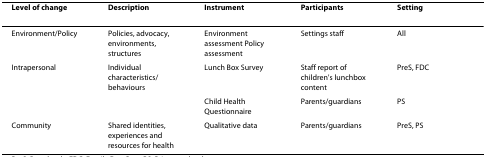
<table><thead><tr><td><b>Level of change</b></td><td><b>Description</b></td><td><b>Instrument</b></td><td><b>Participants</b></td><td><b>Setting</b></td></tr></thead><tbody><tr><td>Environment/Policy</td><td>Policies, advocacy, environments, structures</td><td>Environment assessment Policy assessment</td><td>Settings staff</td><td>All</td></tr><tr><td>Intrapersonal</td><td>Individual characteristics/behaviours</td><td>Lunch Box Survey</td><td>Staff report of children&#x27;s lunchbox content</td><td>PreS, FDC</td></tr><tr><td></td><td></td><td>Child Health Questionnaire</td><td>Parents/guardians</td><td>PS</td></tr><tr><td>Community</td><td>Shared identities, experiences and resources for health</td><td>Qualitative data</td><td>Parents/guardians</td><td>PreS, PS</td></tr></tbody></table>